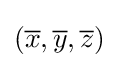
({\overline {x}},{\overline {y}},{\overline {z}})